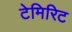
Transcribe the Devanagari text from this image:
टेमिरिट